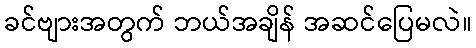
ခင်ဗျားအတွက် ဘယ်အချိန် အဆင်ပြေမလဲ။